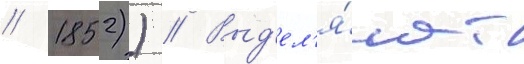
/ 1852)) // Выд'ел'я́ют